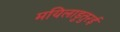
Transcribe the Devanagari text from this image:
मयिलाडुतुरई